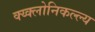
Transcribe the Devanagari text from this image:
क्य्क्लोनिकल्ल्य